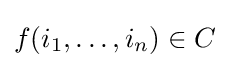
f(i_{1},\ldots ,i_{n})\in C